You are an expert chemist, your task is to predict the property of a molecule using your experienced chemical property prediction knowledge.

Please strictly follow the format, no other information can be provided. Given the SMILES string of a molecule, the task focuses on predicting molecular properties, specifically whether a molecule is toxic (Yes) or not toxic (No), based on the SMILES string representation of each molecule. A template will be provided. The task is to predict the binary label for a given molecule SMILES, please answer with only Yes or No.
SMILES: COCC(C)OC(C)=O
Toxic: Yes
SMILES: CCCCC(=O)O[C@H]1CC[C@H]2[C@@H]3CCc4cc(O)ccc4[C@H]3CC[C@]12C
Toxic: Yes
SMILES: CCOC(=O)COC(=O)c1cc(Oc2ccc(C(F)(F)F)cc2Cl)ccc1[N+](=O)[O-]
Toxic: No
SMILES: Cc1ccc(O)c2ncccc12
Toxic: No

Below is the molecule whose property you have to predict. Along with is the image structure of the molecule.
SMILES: O=c1c(O)c(-c2ccc(O)c(O)c2)oc2cc(O)cc(O)c12
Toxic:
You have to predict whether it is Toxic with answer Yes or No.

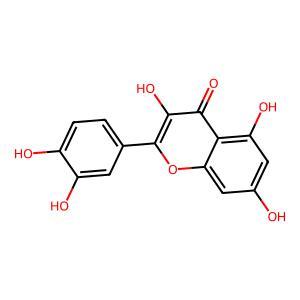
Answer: No